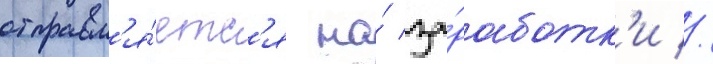
отправл'я́етс'я на́ за́работк'и //